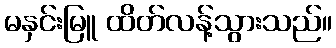
မနှင်းမြူ ထိတ်လန့်သွားသည်။